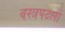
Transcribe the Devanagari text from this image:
वस्त्रपटलों